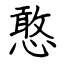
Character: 憨